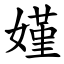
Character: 嫤